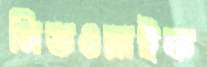
মিডওয়াইফ